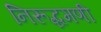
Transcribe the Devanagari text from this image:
निरूद्धमणी